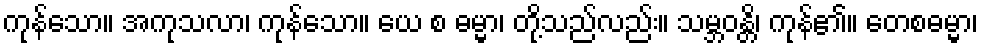
ကုန်သော။ အကုသလာ၊ ကုန်သော။ ယေ စ ဓမ္မာ၊ တို့သည်လည်း။ သမ္ဘဝန္တိ၊ ကုန်၏။ တေစဓမ္မာ၊